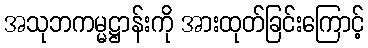
အသုဘကမ္မဋ္ဌာန်းကို အားထုတ်ခြင်းကြောင့်